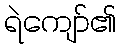
ရဲကျော်၏